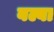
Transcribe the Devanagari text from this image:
बल्बा